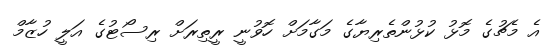
އެ މެޗުގެ މޮޅު ކުޅުންތެރިޔާގެ މަގާމަށް ހޮވުނީ ރީތިރަށް ރިސޯޓުގެ އަލީ ހުޒާމް